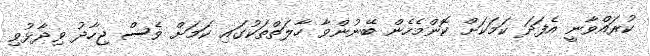
ކުރައްވާނީ އެފަދަ ކަމަކަށް ކޮންމެހެން ބޭނުންވާ ހާލަތްތަކުގައި ކަމަށް ވެސް ޖިހާދު ވިދާޅުވި